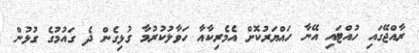
ރާއްޖޭގައި ހުއްޓައި އޭނާ ހައްޔަރުކޮށް އެމެރިކާއާ ހަވާލުކުރުމާ ގުޅިގެން ދެ ގައުމުގެ ގުޅުން